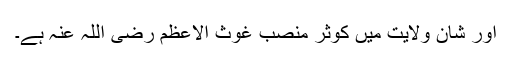
اور شانِ ولایت میں کوثر منصبِ غوث الاعظم رضی اللہ عنہ ہے۔